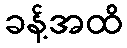
ခန့်အထိ